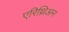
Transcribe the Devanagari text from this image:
एरिथ्रिअन